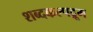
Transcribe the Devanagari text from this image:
शब्दकल्पद्रूम